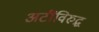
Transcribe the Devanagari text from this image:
अटींविरुद्ध